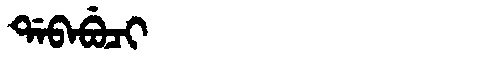
Manchu: ᡩᠠᠪᠠᠪᡠᠴᡳ
Romanization: DABABUCI